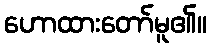
ဟောထားတော်မူ၏။